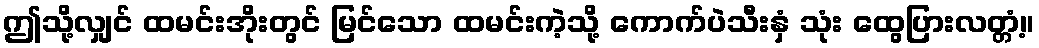
ဤသို့လျှင် ထမင်းအိုးတွင် မြင်သော ထမင်းကဲ့သို့ ကောက်ပဲသီးနှံ သုံး ထွေပြားလတ္တံ့။